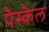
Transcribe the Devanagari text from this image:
पैस्कैल